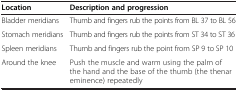
<table><thead><tr><td><b>Location</b></td><td><b>Description and progression</b></td></tr></thead><tbody><tr><td>Bladder meridians</td><td>Thumb and fingers rub the points from BL 37 to BL 56</td></tr><tr><td>Stomach meridians</td><td>Thumb and fingers rub the points from ST 34 to ST 36</td></tr><tr><td>Spleen meridians</td><td>Thumb and fingers rub the point from SP 9 to SP 10</td></tr><tr><td>Around the knee</td><td>Push the muscle and warm using the palm of the hand and the base of the thumb (the thenar eminence) repeatedly</td></tr></tbody></table>